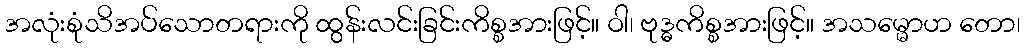
အလုံးစုံသိအပ်သောတရားကို ထွန်းလင်းခြင်းကိစ္စအားဖြင့်။ ဝါ၊ ဗုဒ္ဓကိစ္စအားဖြင့်။ အသမ္မောဟ တော၊